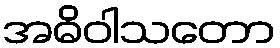
အဓိဝါသတော